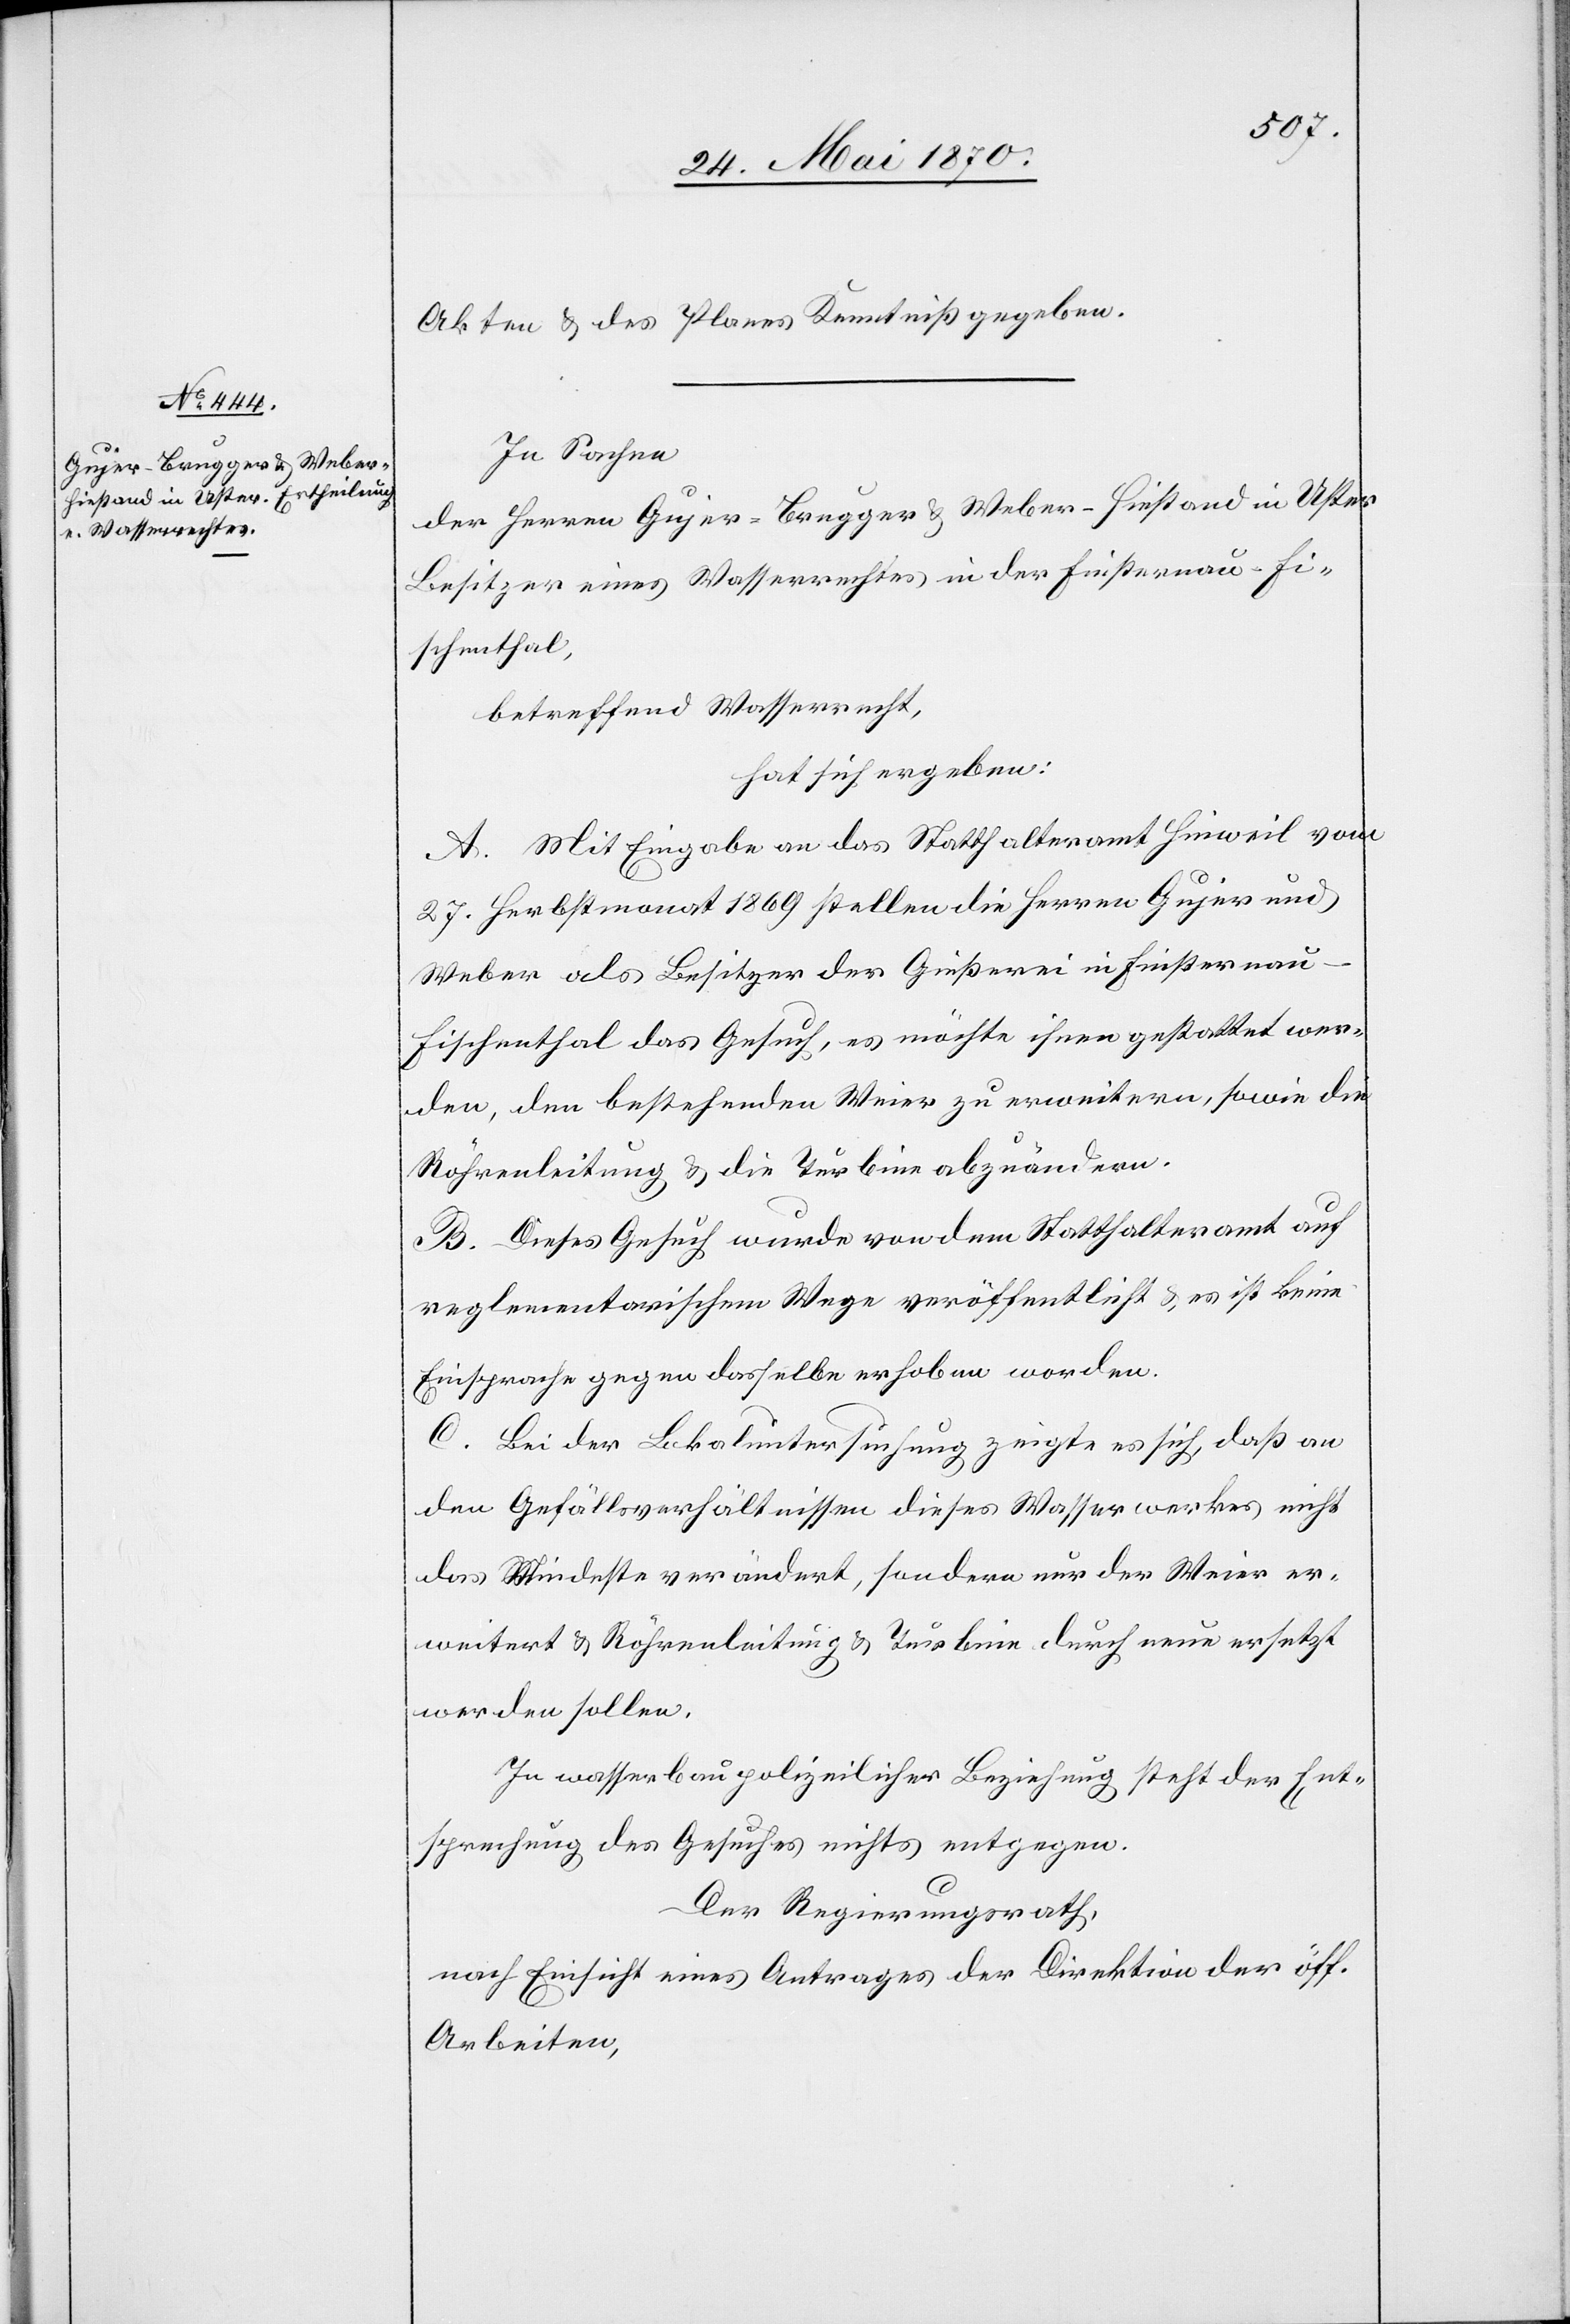
Akten & des Planes Kenntniß zu geben.
In Sachen
der Herren Gujer-Brugger & Weber-Hiestand in Uster
Besitzer eines Wasserrechtes in der Finsternau - Fi¬
schenthal,
betreffend Wasserrecht,
hat sich ergeben:
A. Mit Eingabe an das Statthalteramt Hinweil vom
27. Herbstmonat 1869 stellen die Herren Gujer und
Weber als Besitzer der Gießerei in Finsternau
Fischenthal das Gesuch, es möchte ihnen gestattet wer¬
den, den bestehenden Weier zu erweitern, sowie die
Röhrenleitung & die Turbine abzuändern.
B. Dieses Gesuch wurde von dem Statthalteramt auf
reglementarischem Wege veröffentlicht & es ist keine
Einsprache gegen dasselbe erhoben worden.
C. Bei der Lokaluntersuchung zeigte es ich, daß an
den Gefällsverhältnissen dieses Wasserwerkes nicht
das Mindeste verändert, sondern nur der Weier er¬
weitert & Röhrenleitung & Turbine durch neue ersetzt
werden sollen.
In wasserbaupolizeilicher Beziehung steht der Ent¬
sprechung des Gesuches nichts entgegen.
Der Regierungsrath,
nach Einsicht eines Antrages der Direktion der öff.
Arbeiten,